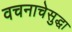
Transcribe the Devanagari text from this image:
वचनाचेसुद्धा